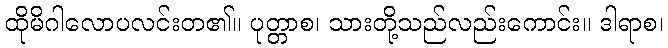
ထိုမိဂါလောပလင်းတ၏။ ပုတ္တာစ၊ သားတို့သည်လည်းကောင်း။ ဒါရာစ၊